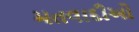
મતવાદીઓ